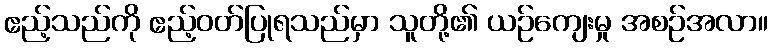
ဧည့်သည်ကို ဧည့်ဝတ်ပြုရသည်မှာ သူတို့၏ ယဉ်ကျေးမှု အစဉ်အလာ။